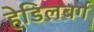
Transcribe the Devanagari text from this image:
हेडिलबर्ग